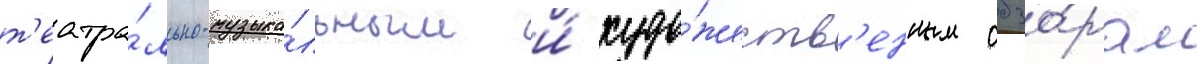
т'еатра́льно-музыка́льным и́ худо́жеств'енным обзо́рам